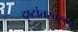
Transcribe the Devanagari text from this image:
दृष्टांतस्वरूप